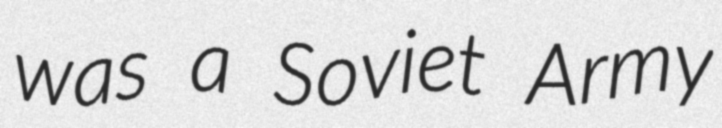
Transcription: was a Soviet Army